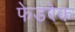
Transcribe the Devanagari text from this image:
फेडरेक